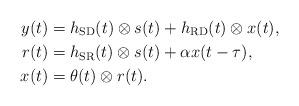
LaTeX: \begin{align*}y(t) &= h_{\rm SD}(t) \otimes s(t) + h_{\rm RD}(t) \otimes x(t),\\r(t) &= h_{\rm SR}(t) \otimes s(t) + \alpha x(t -\tau), \\x(t) &= \theta(t) \otimes r(t).\end{align*}